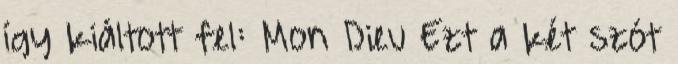
így kiáltott fel: Mon Dieu Ezt a két szót